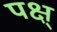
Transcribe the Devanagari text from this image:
पक्ष्